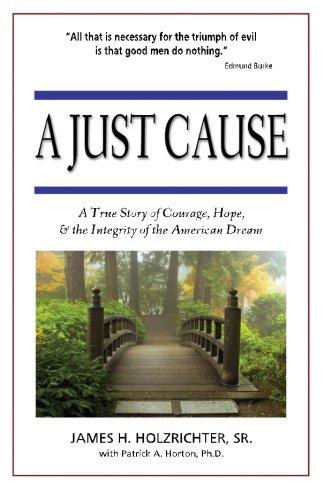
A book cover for A Just Cause: A True Story of Courage, Hope, & the Integrity of the American Dream; James H. Holzrichter Sr.; Business & Money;